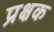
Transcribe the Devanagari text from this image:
प्रक्षक